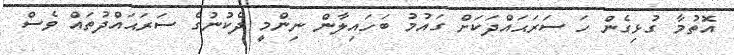
އޮތުމާ ގުޅިގެން ހަ ސަރަޙައްދަކަށް ގައުމު ބަހައިލާން ނިންމީ ދެކުނުގެ ސަރަޙައްދުތައް ވެސް